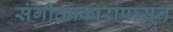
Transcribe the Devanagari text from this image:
संगीतप्रकारांपासून